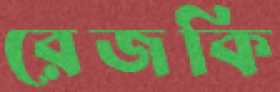
রেজকি